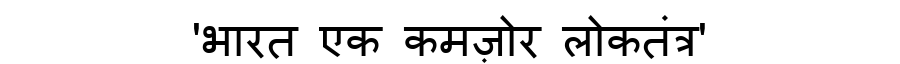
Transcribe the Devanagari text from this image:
'भारत एक कमज़ोर लोकतंत्र'